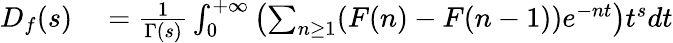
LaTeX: \begin{array}{rl}{D_{f}(s)}&{{}={\frac{1}{\Gamma(s)}}\int_{0}^{+\infty}\left(\sum_{n\geq 1}(F(n)-F(n-1))e^{-nt}\right)t^{s}dt}\end{array}